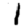
Digit: 1